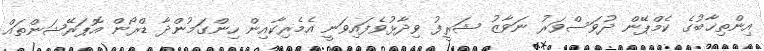
އިންތިޚާބުގެ ކެމްޕޭން ދުވަސްވަރު ނަވާޒު ޝަރީފު ވިދާޅުވެފައިވަނީ އެމެރިކާއިން ހިންގަމުންދާ ޑްރޯން އޮޕަރޭޝަންތައް